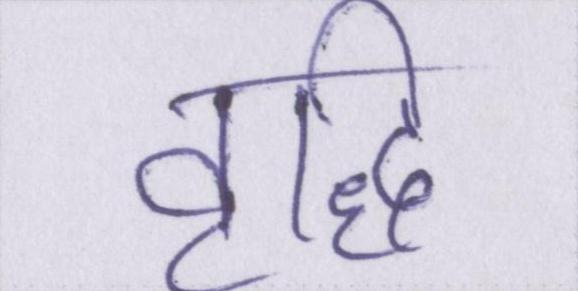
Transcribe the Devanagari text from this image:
वृद्धि